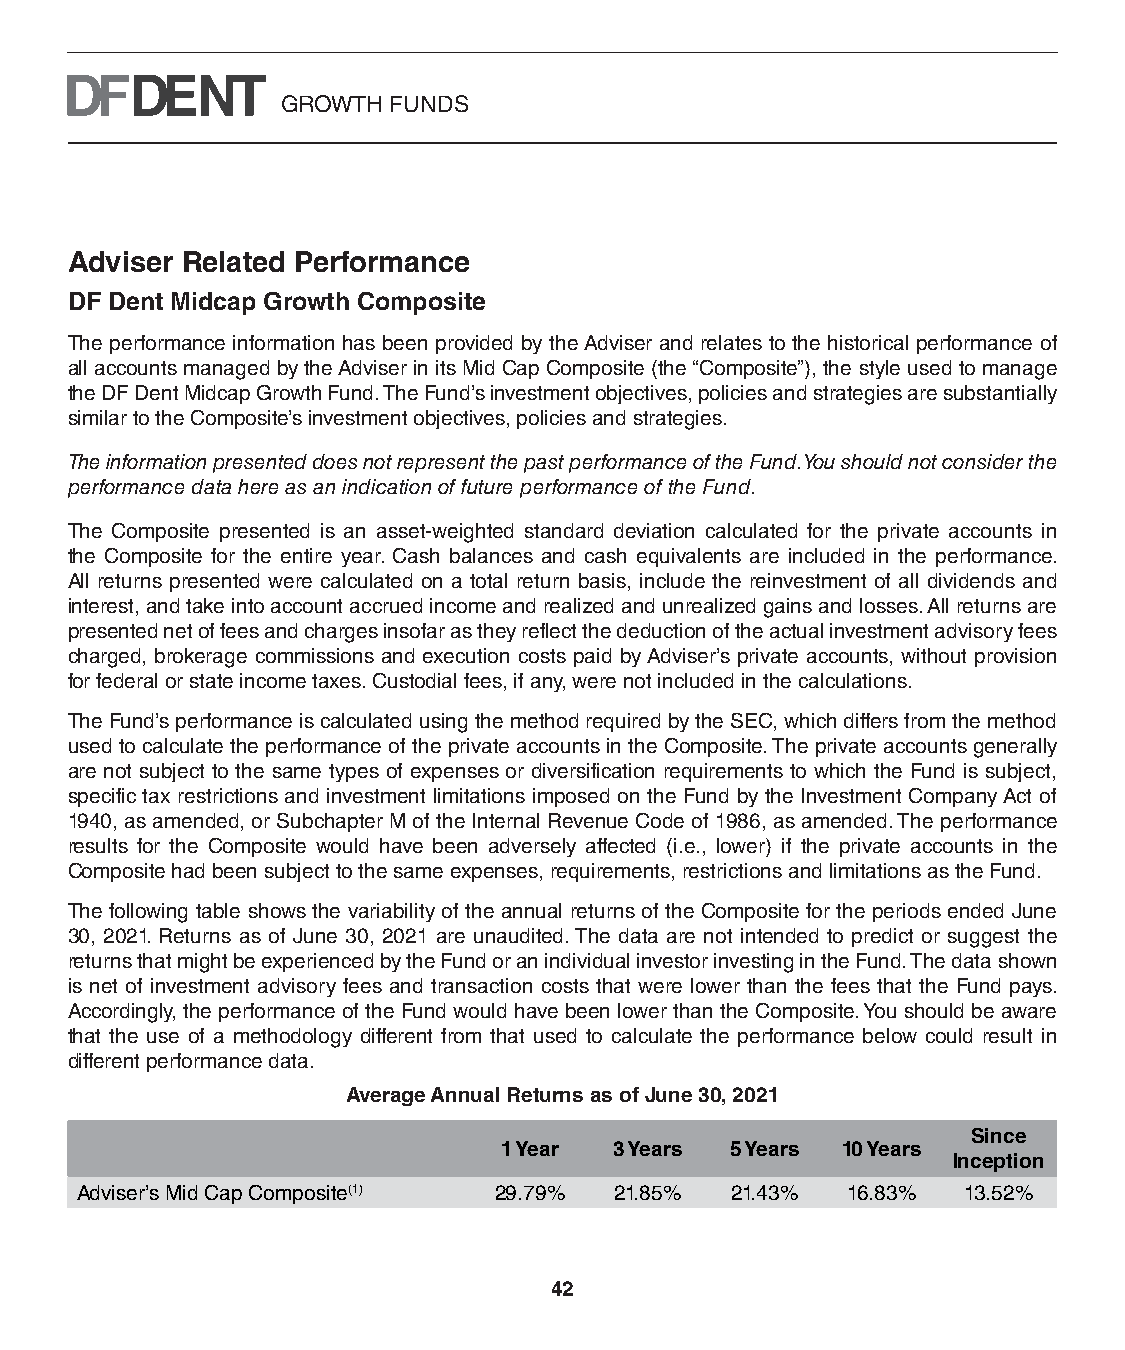
GROWTH FUNDS
 Adviser Related Performance
 DF Dent Midcap Growth Composite
 The performance information has been provided by the Adviser and relates to the historical performance of
 all accounts managed by the Adviser in its Mid Cap Composite (the “Composite”), the style used to manage
 the DF Dent Midcap Growth Fund. The Fund’s investment objectives, policies and strategies are substantially
 similar to the Composite’s investment objectives, policies and strategies.
 The information presented does not represent the past performance of the Fund. You should not consider the
 performance data here as an indication of future performance of the Fund.
 The Composite presented is an asset-weighted standard deviation calculated for the private accounts in
 the Composite for the entire year. Cash balances and cash equivalents are included in the performance.
 All returns presented were calculated on a total return basis, include the reinvestment of all dividends and
 interest, and take into account accrued income and realized and unrealized gains and losses. All returns are
 presented net of fees and charges insofar as they reflect the deduction of the actual investment advisory fees
 charged, brokerage commissions and execution costs paid by Adviser’s private accounts, without provision
 for federal or state income taxes. Custodial fees, if any, were not included in the calculations.
 The Fund’s performance is calculated using the method required by the SEC, which differs from the method
 used to calculate the performance of the private accounts in the Composite. The private accounts generally
 are not subject to the same types of expenses or diversification requirements to which the Fund is subject,
 specific tax restrictions and investment limitations imposed on the Fund by the Investment Company Act of
 1940, as amended, or Subchapter M of the Internal Revenue Code of 1986, as amended. The performance
 results for the Composite would have been adversely affected (i.e., lower) if the private accounts in the
 Composite had been subject to the same expenses, requirements, restrictions and limitations as the Fund.
 The following table shows the variability of the annual returns of the Composite for the periods ended June
 30, 2021. Returns as of June 30, 2021 are unaudited. The data are not intended to predict or suggest the
 returns that might be experienced by the Fund or an individual investor investing in the Fund. The data shown
 is net of investment advisory fees and transaction costs that were lower than the fees that the Fund pays.
 Accordingly, the performance of the Fund would have been lower than the Composite. You should be aware
 that the use of a methodology different from that used to calculate the performance below could result in
 different performance data.
 Average Annual Returns as of June 30, 2021
 Since
 1 Year  3 Years 5 Years 10 Years
 Inception
 Adviser’s Mid Cap Composite(1) 29.79% 21.85% 21.43% 16.83% 13.52%
 42